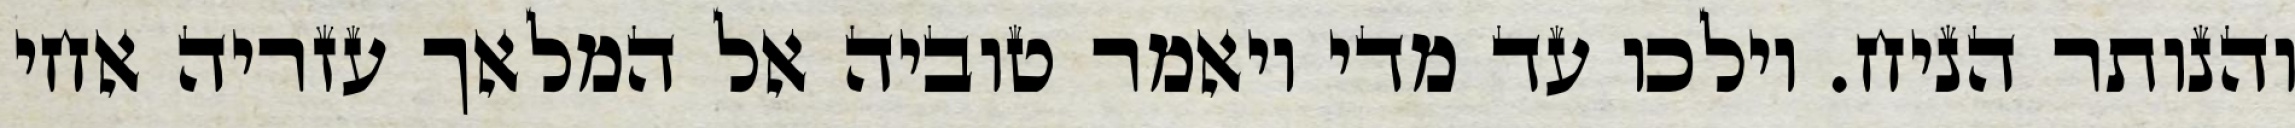
והנותר הניח. וילכו עד מדי ויאמר טוביה אל המלאך עזריה אחי